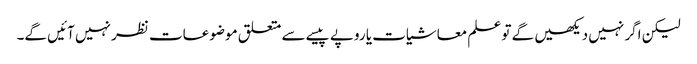
لیکن اگر نہیں دیکھیں گے تو علم معاشیات یا روپے پیسے سے متعلق موضوعات نظر نہیں آئیں گے۔